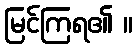
မြင်ကြရ၏ ။